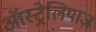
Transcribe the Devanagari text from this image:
ऑस्ट्रेलियाज़